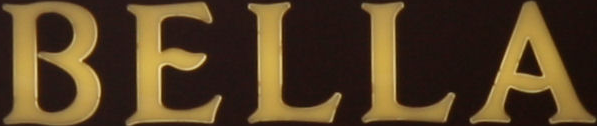
BELLA